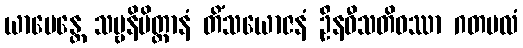
ယာပေန္တေ သဗ္ဗနိမိတ္တာနံ တိံသယောဇနံ ဦနဝီသတိဝဿာ ဂတမလံ